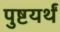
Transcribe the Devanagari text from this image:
पुष्टयर्थं